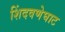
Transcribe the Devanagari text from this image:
शिंदवणेघाट